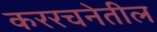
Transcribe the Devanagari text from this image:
कररचनेतील